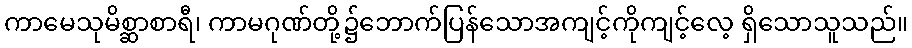
ကာမေသုမိစ္ဆာစာရီ၊ ကာမဂုဏ်တို့၌ဘောက်ပြန်သောအကျင့်ကိုကျင့်လေ့ ရှိသောသူသည်။